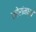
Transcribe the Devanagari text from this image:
खोरांमध्ये